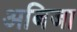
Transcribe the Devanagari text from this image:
अबिजा